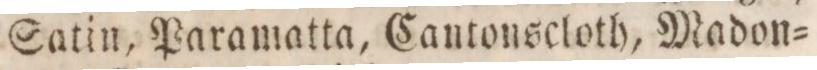
Satin, Paramatta, Cantonscloth, Madon=